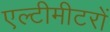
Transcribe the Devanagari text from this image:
एल्टीमीटरों